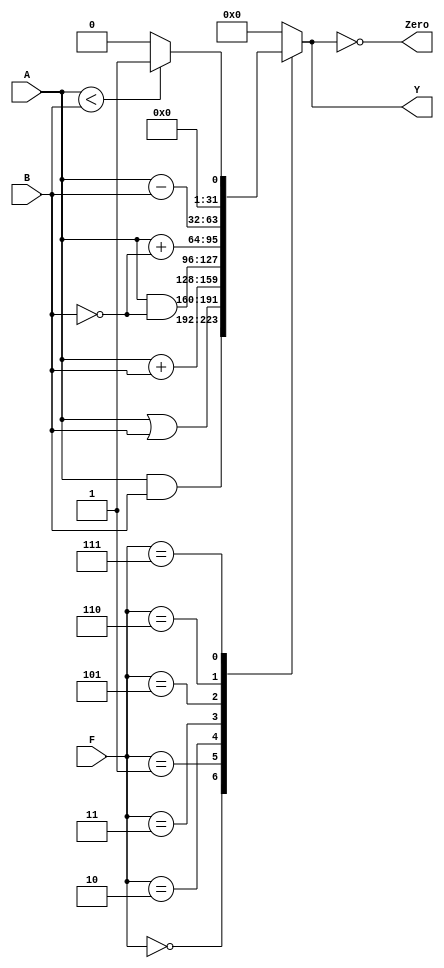
module alu(	input [31:0] A, B, 
            input [2:0] F, 
				output reg [31:0] Y, output Zero);
				
	always @ ( * )
		case (F[2:0])
			3'b000: Y <= A & B;
			3'b001: Y <= A | B;
			3'b010: Y <= A + B;
			//3'b011: Y <= 0;  // not used
			3'b011: Y <= A & ~B;
			3'b101: Y <= A + ~B;
			3'b110: Y <= A - B;
			3'b111: Y <= A < B ? 1:0;
			default: Y <= 0; //default to 0, should not happen
		endcase
	
	assign Zero = (Y == 32'b0);
endmodule